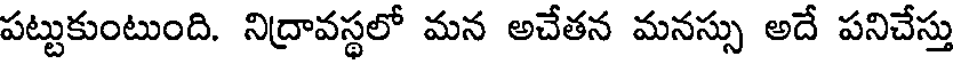
పట్టుకుంటుంది. నిద్రావస్థలో మన అచేతన మనస్సు అదే పనిచేస్తు